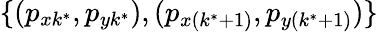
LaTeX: \{ (p_{xk^{\ast}},p_{yk^{\ast}}),(p_{x(k^{\ast}+1)},p_{y(k^{\ast}+1)})\}